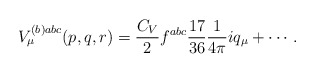
\begin{align*}\begin{array}{l}V_\mu ^{(b)abc}(p,q,r)=\displaystyle\frac{C_V}2f^{abc}\frac{17}{36}\frac1{4\pi }iq_\mu +\cdots \, . \end{array}\end{align*}